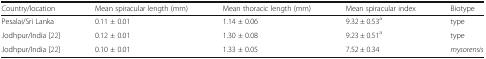
<table><thead><tr><td><b>Country/location</b></td><td><b>Mean spiracular length (mm)</b></td><td><b>Mean thoracic length (mm)</b></td><td><b>Mean spiracular index</b></td><td><b>Biotype</b></td></tr></thead><tbody><tr><td>Pesalai/Sri Lanka</td><td>0.11 ± 0.01</td><td>1.14 ± 0.06</td><td>9.32 ± 0.53<sup>a</sup></td><td>type</td></tr><tr><td>Jodhpur/India [22]</td><td>0.12 ± 0.01</td><td>1.30 ± 0.08</td><td>9.23 ± 0.51<sup>a</sup></td><td>type</td></tr><tr><td>Jodhpur/India [22]</td><td>0.10 ± 0.01</td><td>1.33 ± 0.05</td><td>7.52 ± 0.34</td><td><i>mysorensis</i></td></tr></tbody></table>